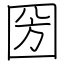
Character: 圀